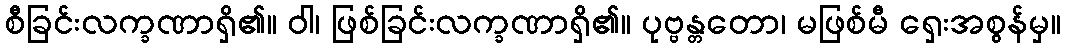
စီခြင်းလက္ခဏာရှိ၏။ ဝါ၊ ဖြစ်ခြင်းလက္ခဏာရှိ၏။ ပုဗ္ဗန္တတော၊ မဖြစ်မီ ရှေးအစွန်မှ။